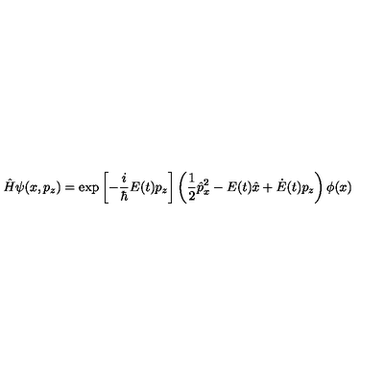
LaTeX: \hat { H } \psi ( x , p _ { z } ) = \exp \left[ - \frac { i } { \hbar } E ( t ) p _ { z } \right] \left( \frac { 1 } { 2 } \hat { p } _ { x } ^ { 2 } - E ( t ) \hat { x } + \dot { E } ( t ) p _ { z } \right) \phi ( x )